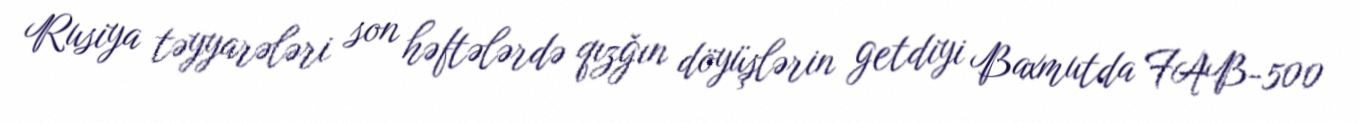
Rusiya təyyarələri son həftələrdə qızğın döyüşlərin getdiyi Baxmutda FAB-500